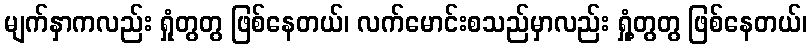
မျက်နှာကလည်း ရှုံတွတွ ဖြစ်နေတယ်၊ လက်မောင်းစသည်မှာလည်း ရှုံ့တွတွ ဖြစ်နေတယ်၊